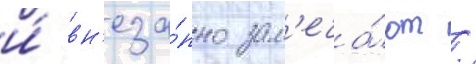
и́ вн'еза́пно зам'еча́ют /